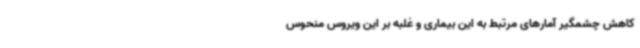
کاهش چشمگیر آمارهای مرتبط به این بیماری و غلبه بر این ویروس منحوس